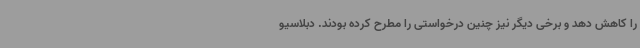
را کاهش دهد و برخی دیگر نیز چنین درخواستی را مطرح کرده بودند. دبلاسیو